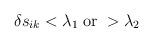
LaTeX: \begin{align*}\delta s_{ik}<\lambda_1\;\mbox{or}\;>\lambda_2\end{align*}